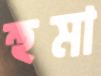
হুমা